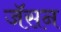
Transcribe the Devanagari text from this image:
जॅसन